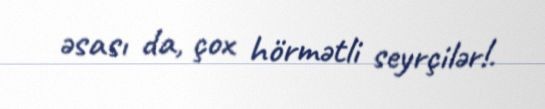
əsası da, çox hörmətli seyrçilər!.